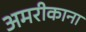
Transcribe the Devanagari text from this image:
अमरीकाना